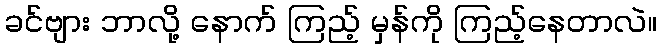
ခင်ဗျား ဘာလို့ နောက် ကြည့် မှန်ကို ကြည့်နေတာလဲ။